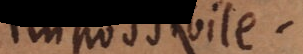
impossibile.